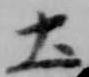
土